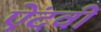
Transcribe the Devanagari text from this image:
ऐंदवी